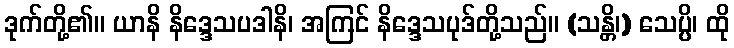
ဒုက်တို့၏။ ယာနိ နိဒ္ဒေသပဒါနိ၊ အကြင် နိဒ္ဒေသပုဒ်တို့သည်။ (သန္တိ၊) သေပ္ပိ၊ ထို